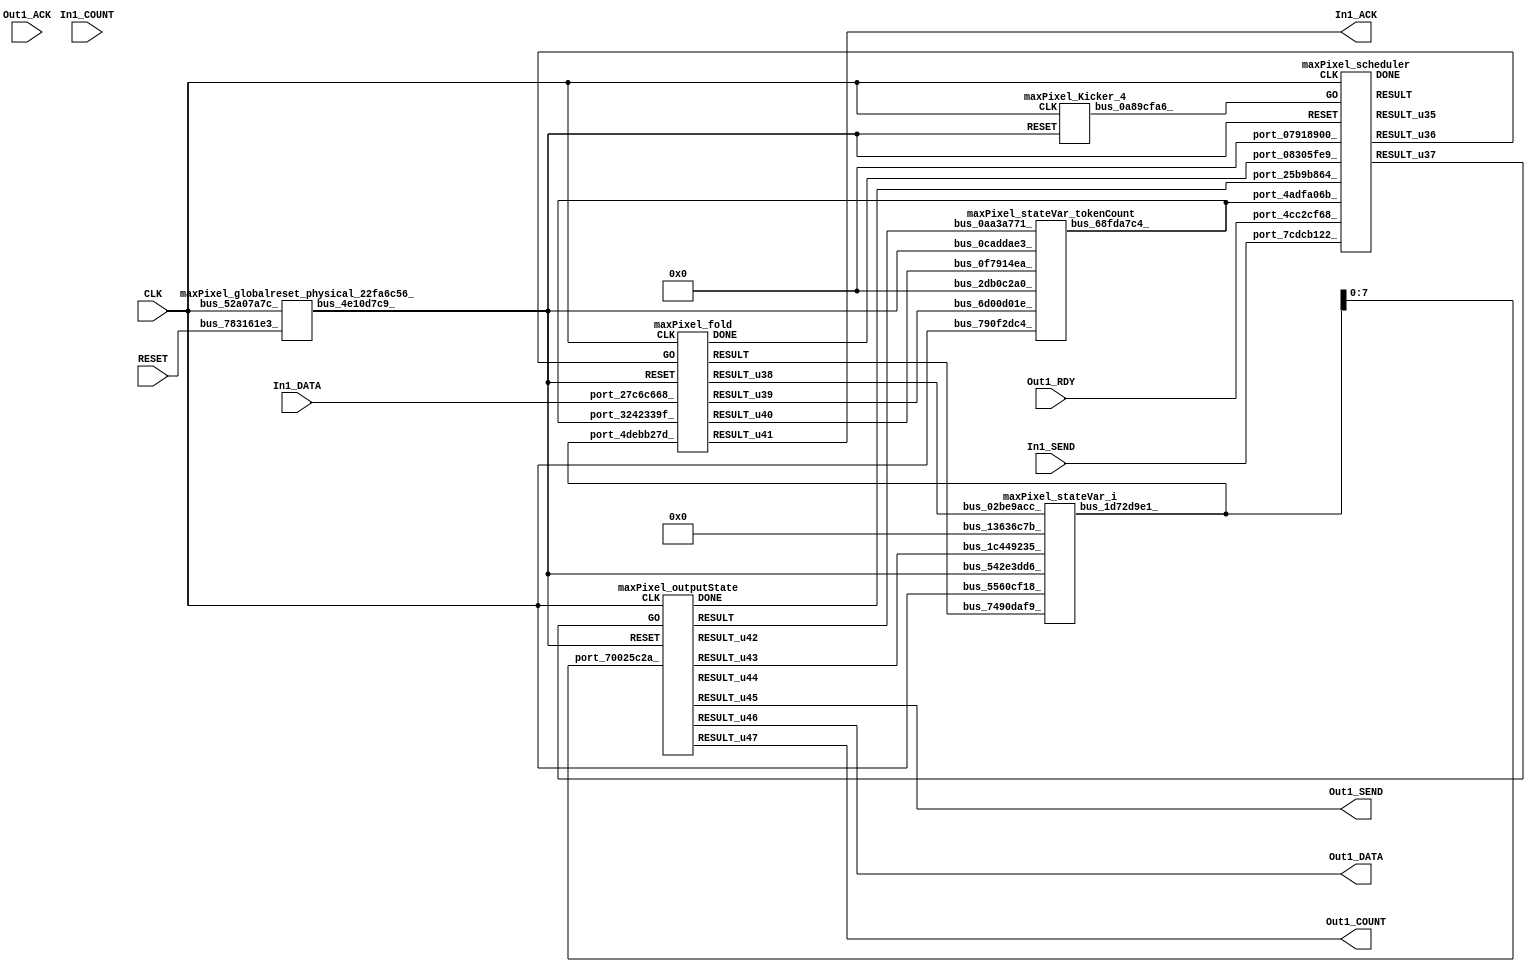
// __  ___ __ ___  _ __   ___  ___ 
// \ \/ / '__/ _ \| '_ \ / _ \/ __|
//  >  <| | | (_) | | | | (_) \__ \
// /_/\_\_|  \___/|_| |_|\___/|___/
// 
// Xronos synthesizer version
// Run date: Thu 2 Nov 2017 13:48:33 +0000
// 

module maxPixel(In1_DATA, In1_ACK, RESET, Out1_COUNT, CLK, Out1_DATA, In1_SEND, Out1_ACK, Out1_SEND, Out1_RDY, In1_COUNT);
input	[7:0]	In1_DATA;
output		In1_ACK;
input		RESET;
output	[15:0]	Out1_COUNT;
wire		fold_done;
input		CLK;
output	[7:0]	Out1_DATA;
wire		fold_go;
wire		outputState_go;
input		In1_SEND;
input		Out1_ACK;
output		Out1_SEND;
wire		outputState_done;
input		Out1_RDY;
input	[15:0]	In1_COUNT;
wire		bus_5594d32f_;
wire	[31:0]	scheduler_u11;
wire		scheduler_u12;
wire		scheduler_u13;
wire		scheduler;
wire		maxPixel_scheduler_instance_DONE;
wire	[31:0]	bus_1a7e0c4a_;
wire	[15:0]	bus_1d72d9e1_;
wire		bus_4e10d7c9_;
wire		bus_0a89cfa6_;
wire		bus_0e5b5bf3_;
wire	[31:0]	bus_68fda7c4_;
wire		fold;
wire	[15:0]	fold_u4;
wire	[31:0]	fold_u6;
wire		maxPixel_fold_instance_DONE;
wire		fold_u5;
wire		fold_u7;
wire		outputState;
wire	[31:0]	outputState_u6;
wire	[15:0]	outputState_u8;
wire		maxPixel_outputState_instance_DONE;
wire	[7:0]	outputState_u10;
wire		outputState_u7;
wire		outputState_u9;
wire	[15:0]	outputState_u11;
assign In1_ACK=fold_u7;
assign Out1_COUNT=outputState_u11;
assign fold_done=bus_0e5b5bf3_;
assign Out1_DATA=outputState_u10;
assign fold_go=scheduler_u12;
assign outputState_go=scheduler_u13;
assign Out1_SEND=outputState_u9;
assign outputState_done=bus_5594d32f_;
assign bus_5594d32f_=maxPixel_outputState_instance_DONE&{1{maxPixel_outputState_instance_DONE}};
maxPixel_scheduler maxPixel_scheduler_instance(.CLK(CLK), .RESET(bus_4e10d7c9_), 
  .GO(bus_0a89cfa6_), .port_07918900_(32'h0), .port_4adfa06b_(bus_68fda7c4_), .port_08305fe9_(fold_done), 
  .port_7cdcb122_(In1_SEND), .port_25b9b864_(outputState_done), .port_4cc2cf68_(Out1_RDY), 
  .DONE(maxPixel_scheduler_instance_DONE), .RESULT(scheduler), .RESULT_u35(scheduler_u11), 
  .RESULT_u36(scheduler_u12), .RESULT_u37(scheduler_u13));
maxPixel_stateVar_fsmState_maxPixel maxPixel_stateVar_fsmState_maxPixel_1(.bus_7a7c35b4_(CLK), 
  .bus_4b40e1af_(bus_4e10d7c9_), .bus_121dc0f1_(scheduler), .bus_45d6438f_(32'h0), 
  .bus_1a7e0c4a_(bus_1a7e0c4a_));
maxPixel_stateVar_i maxPixel_stateVar_i_1(.bus_5560cf18_(CLK), .bus_542e3dd6_(bus_4e10d7c9_), 
  .bus_7490daf9_(fold), .bus_02be9acc_(fold_u4), .bus_1c449235_(outputState_u7), 
  .bus_13636c7b_(16'h0), .bus_1d72d9e1_(bus_1d72d9e1_));
maxPixel_globalreset_physical_22fa6c56_ maxPixel_globalreset_physical_22fa6c56__1(.bus_52a07a7c_(CLK), 
  .bus_783161e3_(RESET), .bus_4e10d7c9_(bus_4e10d7c9_));
maxPixel_Kicker_4 maxPixel_Kicker_4_1(.CLK(CLK), .RESET(bus_4e10d7c9_), .bus_0a89cfa6_(bus_0a89cfa6_));
assign bus_0e5b5bf3_=maxPixel_fold_instance_DONE&{1{maxPixel_fold_instance_DONE}};
maxPixel_stateVar_tokenCount maxPixel_stateVar_tokenCount_1(.bus_790f2dc4_(CLK), 
  .bus_0caddae3_(bus_4e10d7c9_), .bus_6d00d01e_(fold_u5), .bus_0f7914ea_(fold_u6), 
  .bus_0aa3a771_(outputState), .bus_2db0c2a0_(32'h0), .bus_68fda7c4_(bus_68fda7c4_));
maxPixel_fold maxPixel_fold_instance(.CLK(CLK), .RESET(bus_4e10d7c9_), .GO(fold_go), 
  .port_4debb27d_(bus_1d72d9e1_), .port_3242339f_(bus_68fda7c4_), .port_27c6c668_(In1_DATA), 
  .DONE(maxPixel_fold_instance_DONE), .RESULT(fold), .RESULT_u38(fold_u4), .RESULT_u39(fold_u5), 
  .RESULT_u40(fold_u6), .RESULT_u41(fold_u7));
maxPixel_outputState maxPixel_outputState_instance(.CLK(CLK), .RESET(bus_4e10d7c9_), 
  .GO(outputState_go), .port_70025c2a_(bus_1d72d9e1_[7:0]), .DONE(maxPixel_outputState_instance_DONE), 
  .RESULT(outputState), .RESULT_u42(outputState_u6), .RESULT_u43(outputState_u7), 
  .RESULT_u44(outputState_u8), .RESULT_u45(outputState_u9), .RESULT_u46(outputState_u10), 
  .RESULT_u47(outputState_u11));
endmodule



module maxPixel_scheduler(CLK, RESET, GO, port_07918900_, port_4adfa06b_, port_08305fe9_, port_7cdcb122_, port_25b9b864_, port_4cc2cf68_, RESULT, RESULT_u35, RESULT_u36, RESULT_u37, DONE);
input		CLK;
input		RESET;
input		GO;
input	[31:0]	port_07918900_;
input	[31:0]	port_4adfa06b_;
input		port_08305fe9_;
input		port_7cdcb122_;
input		port_25b9b864_;
input		port_4cc2cf68_;
output		RESULT;
output	[31:0]	RESULT_u35;
output		RESULT_u36;
output		RESULT_u37;
output		DONE;
wire		and_u62_u0;
reg		and_delayed_u3=1'h0;
wire	[31:0]	lessThan_a_unsigned;
wire		lessThan;
wire	[31:0]	lessThan_b_unsigned;
wire	[31:0]	equals_a_unsigned;
wire	[31:0]	equals_b_unsigned;
wire		equals;
wire signed	[31:0]	equals_u3_b_signed;
wire		equals_u3;
wire signed	[31:0]	equals_u3_a_signed;
wire		not_u18_u0;
wire		and_u63_u0;
wire		and_u64_u0;
wire		andOp;
wire		not_u19_u0;
wire		and_u65_u0;
wire		and_u66_u0;
wire		simplePinWrite;
wire		and_u67_u0;
wire		and_u68_u0;
wire		not_u20_u0;
wire		and_u69_u0;
wire		not_u21_u0;
wire		and_u70_u0;
wire		simplePinWrite_u17;
wire		and_u71_u0;
wire		and_u72_u0;
wire		and_u73_u0;
wire		and_u74_u0;
wire		or_u12_u0;
wire		and_u75_u0;
wire		or_u13_u0;
reg		reg_0b2adea8_u0=1'h0;
wire		or_u14_u0;
reg		reg_0b2adea8_result_delayed_u0=1'h0;
assign and_u62_u0=or_u13_u0&or_u13_u0;
always @(posedge CLK or posedge RESET)
begin
if (RESET)
and_delayed_u3<=1'h0;
else and_delayed_u3<=and_u62_u0;
end
assign lessThan_a_unsigned=port_4adfa06b_;
assign lessThan_b_unsigned=32'h40000;
assign lessThan=lessThan_a_unsigned<lessThan_b_unsigned;
assign equals_a_unsigned=port_4adfa06b_;
assign equals_b_unsigned=32'h40000;
assign equals=equals_a_unsigned==equals_b_unsigned;
assign equals_u3_a_signed=32'h0;
assign equals_u3_b_signed=32'h0;
assign equals_u3=equals_u3_a_signed==equals_u3_b_signed;
assign not_u18_u0=~equals_u3;
assign and_u63_u0=and_u62_u0&not_u18_u0;
assign and_u64_u0=and_u62_u0&equals_u3;
assign andOp=lessThan&port_7cdcb122_;
assign not_u19_u0=~andOp;
assign and_u65_u0=and_u75_u0&andOp;
assign and_u66_u0=and_u75_u0&not_u19_u0;
assign simplePinWrite=and_u74_u0&{1{and_u74_u0}};
assign and_u67_u0=and_u73_u0&not_u20_u0;
assign and_u68_u0=and_u73_u0&equals;
assign not_u20_u0=~equals;
assign and_u69_u0=and_u72_u0&not_u21_u0;
assign not_u21_u0=~port_4cc2cf68_;
assign and_u70_u0=and_u72_u0&port_4cc2cf68_;
assign simplePinWrite_u17=and_u71_u0&{1{and_u71_u0}};
assign and_u71_u0=and_u70_u0&and_u72_u0;
assign and_u72_u0=and_u68_u0&and_u73_u0;
assign and_u73_u0=and_u66_u0&and_u75_u0;
assign and_u74_u0=and_u65_u0&and_u75_u0;
assign or_u12_u0=and_u74_u0|and_u71_u0;
assign and_u75_u0=and_u64_u0&and_u62_u0;
assign or_u13_u0=reg_0b2adea8_result_delayed_u0|and_delayed_u3;
always @(posedge CLK or posedge RESET)
begin
if (RESET)
reg_0b2adea8_u0<=1'h0;
else reg_0b2adea8_u0<=GO;
end
assign or_u14_u0=GO|or_u12_u0;
always @(posedge CLK or posedge RESET)
begin
if (RESET)
reg_0b2adea8_result_delayed_u0<=1'h0;
else reg_0b2adea8_result_delayed_u0<=reg_0b2adea8_u0;
end
assign RESULT=or_u14_u0;
assign RESULT_u35=32'h0;
assign RESULT_u36=simplePinWrite;
assign RESULT_u37=simplePinWrite_u17;
assign DONE=1'h0;
endmodule



module maxPixel_endianswapper_3fda957f_(endianswapper_3fda957f_in, endianswapper_3fda957f_out);
input	[31:0]	endianswapper_3fda957f_in;
output	[31:0]	endianswapper_3fda957f_out;
assign endianswapper_3fda957f_out=32'h0;
endmodule



module maxPixel_endianswapper_13f63f30_(endianswapper_13f63f30_in, endianswapper_13f63f30_out);
input	[31:0]	endianswapper_13f63f30_in;
output	[31:0]	endianswapper_13f63f30_out;
assign endianswapper_13f63f30_out=32'h0;
endmodule



module maxPixel_stateVar_fsmState_maxPixel(bus_7a7c35b4_, bus_4b40e1af_, bus_121dc0f1_, bus_45d6438f_, bus_1a7e0c4a_);
input		bus_7a7c35b4_;
input		bus_4b40e1af_;
input		bus_121dc0f1_;
input	[31:0]	bus_45d6438f_;
output	[31:0]	bus_1a7e0c4a_;
wire	[31:0]	endianswapper_3fda957f_out;
wire	[31:0]	endianswapper_13f63f30_out;
maxPixel_endianswapper_3fda957f_ maxPixel_endianswapper_3fda957f__1(.endianswapper_3fda957f_in(32'h0), 
  .endianswapper_3fda957f_out(endianswapper_3fda957f_out));
maxPixel_endianswapper_13f63f30_ maxPixel_endianswapper_13f63f30__1(.endianswapper_13f63f30_in(32'h0), 
  .endianswapper_13f63f30_out(endianswapper_13f63f30_out));
assign bus_1a7e0c4a_=32'h0;
endmodule



module maxPixel_endianswapper_371f27ef_(endianswapper_371f27ef_in, endianswapper_371f27ef_out);
input	[15:0]	endianswapper_371f27ef_in;
output	[15:0]	endianswapper_371f27ef_out;
assign endianswapper_371f27ef_out=endianswapper_371f27ef_in;
endmodule



module maxPixel_endianswapper_4c2576fe_(endianswapper_4c2576fe_in, endianswapper_4c2576fe_out);
input	[15:0]	endianswapper_4c2576fe_in;
output	[15:0]	endianswapper_4c2576fe_out;
assign endianswapper_4c2576fe_out=endianswapper_4c2576fe_in;
endmodule



module maxPixel_stateVar_i(bus_5560cf18_, bus_542e3dd6_, bus_7490daf9_, bus_02be9acc_, bus_1c449235_, bus_13636c7b_, bus_1d72d9e1_);
input		bus_5560cf18_;
input		bus_542e3dd6_;
input		bus_7490daf9_;
input	[15:0]	bus_02be9acc_;
input		bus_1c449235_;
input	[15:0]	bus_13636c7b_;
output	[15:0]	bus_1d72d9e1_;
wire	[15:0]	endianswapper_371f27ef_out;
wire		or_2d13c3c2_u0;
wire	[15:0]	endianswapper_4c2576fe_out;
wire	[15:0]	mux_156dc022_u0;
reg	[15:0]	stateVar_i_u1=16'h0;
maxPixel_endianswapper_371f27ef_ maxPixel_endianswapper_371f27ef__1(.endianswapper_371f27ef_in(stateVar_i_u1), 
  .endianswapper_371f27ef_out(endianswapper_371f27ef_out));
assign or_2d13c3c2_u0=bus_7490daf9_|bus_1c449235_;
assign bus_1d72d9e1_=endianswapper_371f27ef_out;
maxPixel_endianswapper_4c2576fe_ maxPixel_endianswapper_4c2576fe__1(.endianswapper_4c2576fe_in(mux_156dc022_u0), 
  .endianswapper_4c2576fe_out(endianswapper_4c2576fe_out));
assign mux_156dc022_u0=(bus_7490daf9_)?bus_02be9acc_:16'h0;
always @(posedge bus_5560cf18_ or posedge bus_542e3dd6_)
begin
if (bus_542e3dd6_)
stateVar_i_u1<=16'h0;
else if (or_2d13c3c2_u0)
stateVar_i_u1<=endianswapper_4c2576fe_out;
end
endmodule



module maxPixel_globalreset_physical_22fa6c56_(bus_52a07a7c_, bus_783161e3_, bus_4e10d7c9_);
input		bus_52a07a7c_;
input		bus_783161e3_;
output		bus_4e10d7c9_;
reg		sample_u4=1'h0;
wire		or_0f2c6fa9_u0;
reg		glitch_u4=1'h0;
wire		and_1ce02dd9_u0;
reg		cross_u4=1'h0;
wire		not_0f3b7ea6_u0;
reg		final_u4=1'h1;
always @(posedge bus_52a07a7c_)
begin
sample_u4<=1'h1;
end
assign or_0f2c6fa9_u0=bus_783161e3_|final_u4;
always @(posedge bus_52a07a7c_)
begin
glitch_u4<=cross_u4;
end
assign and_1ce02dd9_u0=cross_u4&glitch_u4;
always @(posedge bus_52a07a7c_)
begin
cross_u4<=sample_u4;
end
assign not_0f3b7ea6_u0=~and_1ce02dd9_u0;
assign bus_4e10d7c9_=or_0f2c6fa9_u0;
always @(posedge bus_52a07a7c_)
begin
final_u4<=not_0f3b7ea6_u0;
end
endmodule



module maxPixel_Kicker_4(CLK, RESET, bus_0a89cfa6_);
input		CLK;
input		RESET;
output		bus_0a89cfa6_;
wire		bus_25a40057_;
wire		bus_32b30223_;
reg		kicker_1=1'h0;
wire		bus_17e32119_;
wire		bus_070d684b_;
reg		kicker_2=1'h0;
reg		kicker_res=1'h0;
assign bus_25a40057_=~kicker_2;
assign bus_32b30223_=~RESET;
always @(posedge CLK)
begin
kicker_1<=bus_32b30223_;
end
assign bus_0a89cfa6_=kicker_res;
assign bus_17e32119_=kicker_1&bus_32b30223_&bus_25a40057_;
assign bus_070d684b_=bus_32b30223_&kicker_1;
always @(posedge CLK)
begin
kicker_2<=bus_070d684b_;
end
always @(posedge CLK)
begin
kicker_res<=bus_17e32119_;
end
endmodule



module maxPixel_endianswapper_6df42097_(endianswapper_6df42097_in, endianswapper_6df42097_out);
input	[31:0]	endianswapper_6df42097_in;
output	[31:0]	endianswapper_6df42097_out;
assign endianswapper_6df42097_out=endianswapper_6df42097_in;
endmodule



module maxPixel_endianswapper_74f23727_(endianswapper_74f23727_in, endianswapper_74f23727_out);
input	[31:0]	endianswapper_74f23727_in;
output	[31:0]	endianswapper_74f23727_out;
assign endianswapper_74f23727_out=endianswapper_74f23727_in;
endmodule



module maxPixel_stateVar_tokenCount(bus_790f2dc4_, bus_0caddae3_, bus_6d00d01e_, bus_0f7914ea_, bus_0aa3a771_, bus_2db0c2a0_, bus_68fda7c4_);
input		bus_790f2dc4_;
input		bus_0caddae3_;
input		bus_6d00d01e_;
input	[31:0]	bus_0f7914ea_;
input		bus_0aa3a771_;
input	[31:0]	bus_2db0c2a0_;
output	[31:0]	bus_68fda7c4_;
reg	[31:0]	stateVar_tokenCount_u1=32'h0;
wire	[31:0]	endianswapper_6df42097_out;
wire	[31:0]	mux_326de669_u0;
wire	[31:0]	endianswapper_74f23727_out;
wire		or_22339c24_u0;
always @(posedge bus_790f2dc4_ or posedge bus_0caddae3_)
begin
if (bus_0caddae3_)
stateVar_tokenCount_u1<=32'h0;
else if (or_22339c24_u0)
stateVar_tokenCount_u1<=endianswapper_74f23727_out;
end
maxPixel_endianswapper_6df42097_ maxPixel_endianswapper_6df42097__1(.endianswapper_6df42097_in(stateVar_tokenCount_u1), 
  .endianswapper_6df42097_out(endianswapper_6df42097_out));
assign mux_326de669_u0=(bus_6d00d01e_)?bus_0f7914ea_:32'h0;
maxPixel_endianswapper_74f23727_ maxPixel_endianswapper_74f23727__1(.endianswapper_74f23727_in(mux_326de669_u0), 
  .endianswapper_74f23727_out(endianswapper_74f23727_out));
assign or_22339c24_u0=bus_6d00d01e_|bus_0aa3a771_;
assign bus_68fda7c4_=endianswapper_6df42097_out;
endmodule



module maxPixel_fold(CLK, RESET, GO, port_4debb27d_, port_3242339f_, port_27c6c668_, RESULT, RESULT_u38, RESULT_u39, RESULT_u40, RESULT_u41, DONE);
input		CLK;
input		RESET;
input		GO;
input	[15:0]	port_4debb27d_;
input	[31:0]	port_3242339f_;
input	[7:0]	port_27c6c668_;
output		RESULT;
output	[15:0]	RESULT_u38;
output		RESULT_u39;
output	[31:0]	RESULT_u40;
output		RESULT_u41;
output		DONE;
wire		simplePinWrite;
wire		greaterThan;
wire signed	[15:0]	greaterThan_a_signed;
wire signed	[15:0]	greaterThan_b_signed;
wire		and_u76_u0;
wire		not_u22_u0;
wire		and_u77_u0;
wire		and_u78_u0;
wire		and_u79_u0;
wire		or_u15_u0;
wire	[15:0]	mux_u4;
wire	[31:0]	add;
reg		reg_1dfb0bcc_u0=1'h0;
assign simplePinWrite=GO&{1{GO}};
assign greaterThan_a_signed={port_27c6c668_[7], port_27c6c668_[7], port_27c6c668_[7], port_27c6c668_[7], port_27c6c668_[7], port_27c6c668_[7], port_27c6c668_[7], port_27c6c668_[7], port_27c6c668_};
assign greaterThan_b_signed=port_4debb27d_;
assign greaterThan=greaterThan_a_signed>greaterThan_b_signed;
assign and_u76_u0=GO&not_u22_u0;
assign not_u22_u0=~greaterThan;
assign and_u77_u0=GO&greaterThan;
assign and_u78_u0=and_u76_u0&GO;
assign and_u79_u0=and_u77_u0&GO;
assign or_u15_u0=and_u79_u0|and_u78_u0;
assign mux_u4=(and_u79_u0)?{port_27c6c668_[7], port_27c6c668_[7], port_27c6c668_[7], port_27c6c668_[7], port_27c6c668_[7], port_27c6c668_[7], port_27c6c668_[7], port_27c6c668_[7], port_27c6c668_}:port_4debb27d_;
assign add=port_3242339f_+32'h1;
always @(posedge CLK or posedge RESET)
begin
if (RESET)
reg_1dfb0bcc_u0<=1'h0;
else reg_1dfb0bcc_u0<=GO;
end
assign RESULT=or_u15_u0;
assign RESULT_u38=mux_u4;
assign RESULT_u39=GO;
assign RESULT_u40=add;
assign RESULT_u41=simplePinWrite;
assign DONE=reg_1dfb0bcc_u0;
endmodule



module maxPixel_outputState(CLK, RESET, GO, port_70025c2a_, RESULT, RESULT_u42, RESULT_u43, RESULT_u44, RESULT_u45, RESULT_u46, RESULT_u47, DONE);
input		CLK;
input		RESET;
input		GO;
input	[7:0]	port_70025c2a_;
output		RESULT;
output	[31:0]	RESULT_u42;
output		RESULT_u43;
output	[15:0]	RESULT_u44;
output		RESULT_u45;
output	[7:0]	RESULT_u46;
output	[15:0]	RESULT_u47;
output		DONE;
wire		simplePinWrite;
wire	[7:0]	simplePinWrite_u18;
wire	[15:0]	simplePinWrite_u19;
reg		reg_664752c0_u0=1'h0;
assign simplePinWrite=GO&{1{GO}};
assign simplePinWrite_u18=port_70025c2a_;
assign simplePinWrite_u19=16'h1&{16{1'h1}};
always @(posedge CLK or posedge RESET)
begin
if (RESET)
reg_664752c0_u0<=1'h0;
else reg_664752c0_u0<=GO;
end
assign RESULT=GO;
assign RESULT_u42=32'h0;
assign RESULT_u43=GO;
assign RESULT_u44=16'h0;
assign RESULT_u45=simplePinWrite;
assign RESULT_u46=simplePinWrite_u18;
assign RESULT_u47=simplePinWrite_u19;
assign DONE=reg_664752c0_u0;
endmodule